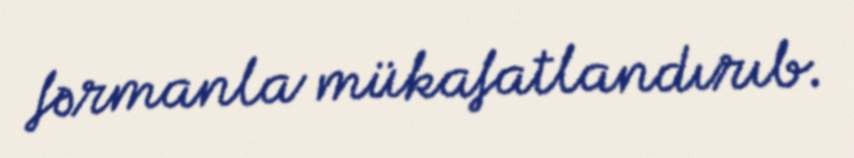
fərmanla mükafatlandırıb.